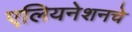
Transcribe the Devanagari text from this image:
एलियनेशनचे